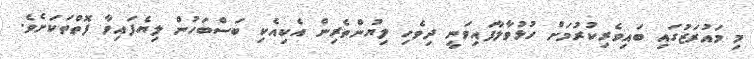
މި މައުރަޒުގައި ބައިވެރިކުރުމަށް ހުޅުވާލާފައިވަނީ ދިވެހި ލިޔުންތެރިން އެކިއެކި ބަސްބަހުން ލިޔެފައިވާ ފޮތްތަކަށެވެ.